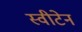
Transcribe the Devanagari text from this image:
स्वीटेन